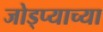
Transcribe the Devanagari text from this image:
जोड्प्याच्या